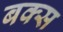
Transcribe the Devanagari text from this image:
बक्‍स